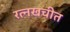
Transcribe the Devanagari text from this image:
रत्नखचीत